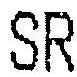
SR